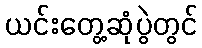
ယင်းတွေ့ဆုံပွဲတွင်